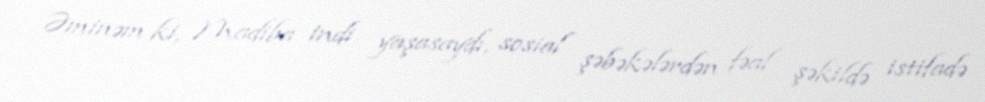
Əminəm ki, Madiba indi yaşasaydı, sosial şəbəkələrdən fəal şəkildə istifadə